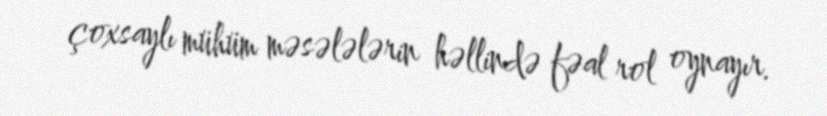
çoxsaylı mühüm məsələlərin həllində fəal rol oynayır.